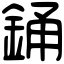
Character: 銿